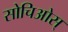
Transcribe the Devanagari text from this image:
सोचिओस्